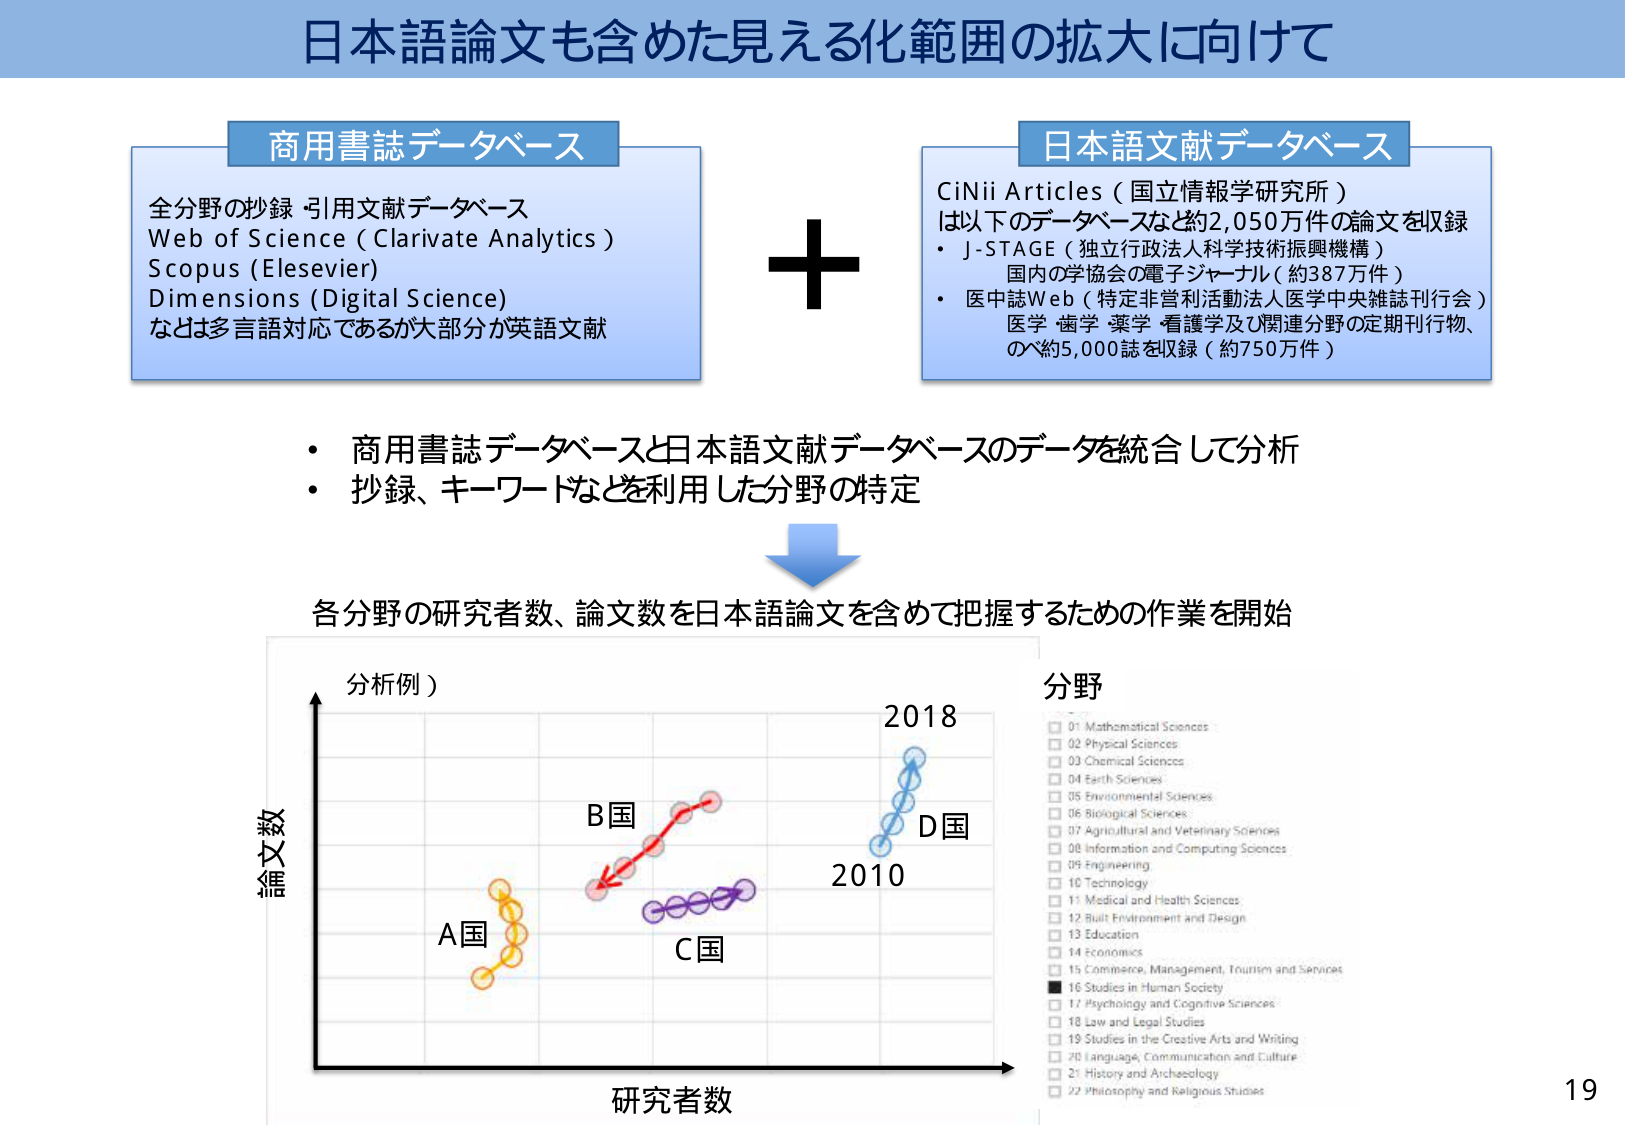
日本語論文も含めた見える化範囲の拡大に向けて

商用書誌データベース
全分野の抄録・引用文献データベース
Web of Science (Clarivate Analytics)
Scopus (Elsevier)
Dimensions (Digital Science)
などは多言語対応であるが大部分が英語文献

+
日本語文献データベース
CiNii Articles（国立情報学研究所）
は以下のデータベースなど約2,050万件の論文を収録
・ J-STAGE（独立行政法人科学技術振興機構）
国内の学協会の電子ジャーナル（約387万件）
・ 医中誌Web（特定非営利活動法人医学中央雑誌刊行会）
医学・歯学・薬学・看護学及び関連分野の定期刊行物、
のべ約5,000誌を収録（約750万件）

・ 商用書誌データベースと日本語文献データベースのデータを統合して分析
・ 抄録、キーワードなどを利用した分野の特定

各分野の研究者数、論文数を日本語論文を含めて把握するための作業を開始

分析例）
論文数
研究者数
A国
B国
C国
D国
2010
2018

分野
01 Mathematical Sciences
02 Physical Sciences
03 Chemical Sciences
04 Earth Sciences
05 Environmental Sciences
06 Biological Sciences
07 Agricultural and Veterinary Sciences
08 Information and Computing Sciences
09 Engineering
10 Technology
11 Medical and Health Sciences
12 Built Environment and Design
13 Education
14 Economics
15 Commerce, Management, Tourism and Services
16 Studies in Human Society
17 Psychology and Cognitive Sciences
18 Law and Legal Studies
19 Studies in the Creative Arts and Writing
20 Language, Communication and Culture
21 History and Archaeology
22 Philosophy and Religious Studies

19